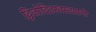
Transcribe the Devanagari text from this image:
द्विजोदितस्वस्त्ययनो